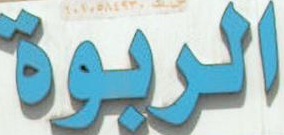
الريوة